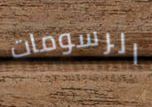
الرسومات